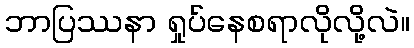
ဘာပြဿနာ ရှုပ်နေစရာလိုလို့လဲ။